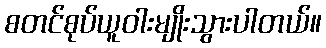
စတင်စုပ်ယူဝါးမျိုးသွားပါတယ်။